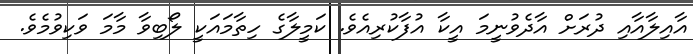
އާއިލާއާއި ދުރަށް އާދެވުނީމަ އީކާ އުފާކުރިއެވެ. ކަމީލާގެ ހިތާމައަކީ ލޯބިވާ މާމަ ވަކިވުމެވެ.